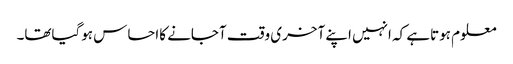
معلوم ہوتاہے کہ انہیں اپنے آخری وقت آجانے کااحساس ہوگیاتھا۔